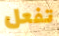
تفعل